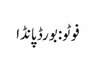
فوٹو: بورڈ پانڈا